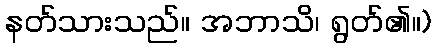
နတ်သားသည်။ အဘာသိ၊ ရွတ်၏။)